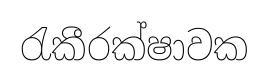
රැකීරක්ෂාවක